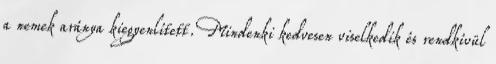
a nemek aránya kiegyenlített. Mindenki kedvesen viselkedik és rendkívül